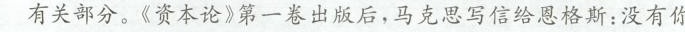
有关部分。\ll资本论\gg 第一卷出版后，马克思写信给恩格斯:没有你，